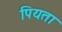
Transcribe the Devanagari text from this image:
पियता